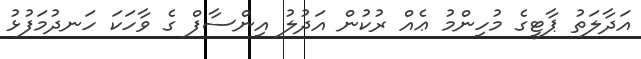
އަދާލަތު ޕާޓީގެ މުހިންމު ޢެއް ރުކުން އަދުލު އިންސާފް ގެ ވާހަކަ ހަނދުމަފުޅު